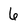
Character: 6